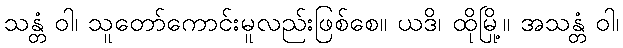
သန္တံ ဝါ၊ သူတော်ကောင်းမူလည်းဖြစ်စေ။ ယဒိ၊ ထိုမြို့။ အသန္တံ ဝါ၊